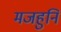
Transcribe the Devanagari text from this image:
मजहुनि